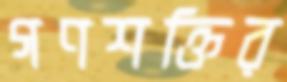
গণশক্তির